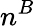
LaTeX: n^{B}